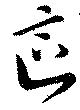
區